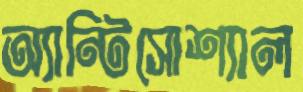
অ্যান্টিসোশ্যাল